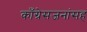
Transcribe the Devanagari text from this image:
काँग्रेसजनांसह